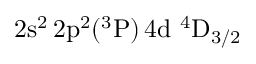
\mathrm { 2 s ^ { 2 } \, 2 p ^ { 2 } ( ^ { 3 } P ) \, 4 d ~ ^ { 4 } D _ { 3 / 2 } }